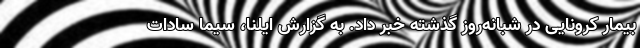
بیمار کرونایی در شبانه‌روز گذشته خبر داد. به گزارش ایلنا، سیما سادات